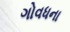
ગોવધના